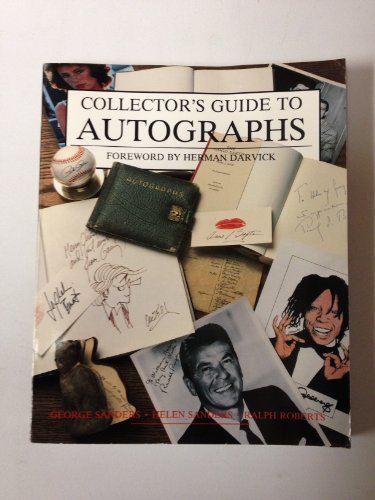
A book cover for Collector's Guide to Autographs (Wallace-Homestead Collector's Guide Series); George Sanders; Crafts, Hobbies & Home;